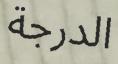
الدرجة